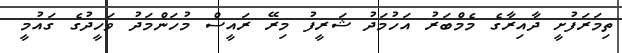
ތިމަރަފުށީ ދާއިރާގެ މެމްބަރު އަހުމަދު ޝަރީފު މިރޭ ރައީސް މުހަންމަދު ވަހީދުގެ ގައުމީ